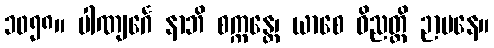
၁၀၅၈။ ပါဏျင်္ဂေ နာဘိ စက္ကန္တေ၊ ယာစေ ဝိညတ္တိ ဉာပနေ။